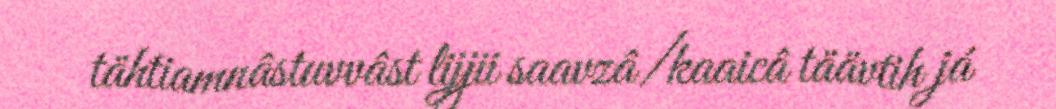
tähtiamnâstuvvâst lijjii saavzâ/kaaicâ täävtih já